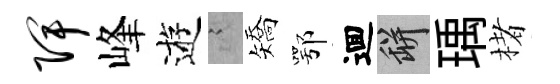
陴峰逰謭矯鄂逥瓶瑀楮